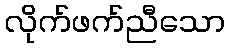
လိုက်ဖက်ညီသော